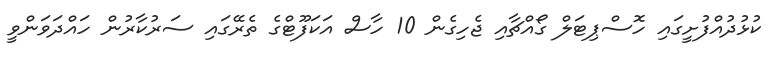
ކުޅުދުއްފުށީގައި ހޮސްޕިޓަލް ގޯއްޗާއި ޖެހިގެން 10 ހާސް އަކަފޫޓްގެ ތެރޭގައި ސަރުކާރުން ހައްދަވަންވީ